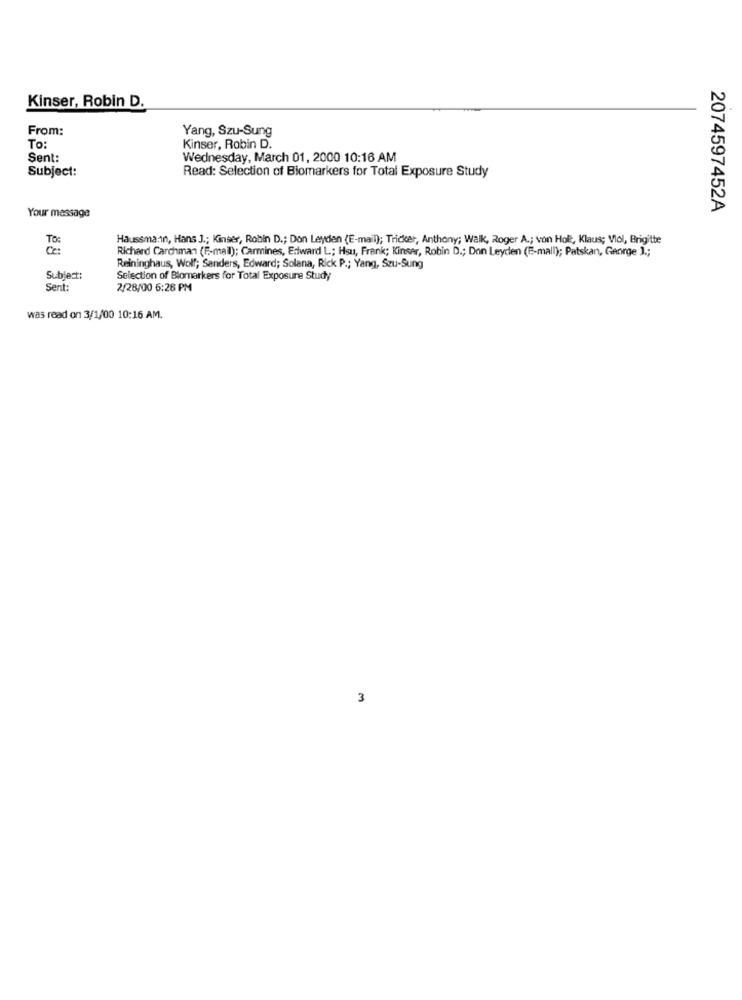
Kinser, Robin D.
From:
Yang, Szu-Sung
To:
Kinser, Robin D.
Sent:
Wednesday, March 01, 2000 10:16 AM
Subject:
Read: Selection of Biomarkers for Total Exposure Study
2074597452A
Your message
To:
Haussmann, Hans J .; Kinser, Robin D .; Don Leyden (E-mail); Trider, Anthony; Walk, Roger A .; von Holt, Klaus; Viol, Brigitte
Ce:
Richard Carchman (F-mail); Carmines, Edward L; Hsu, Frank; Kinser, Robin D .; Don Leyden (E-mail); Patskan, George ] .;
Reininghaus, Wolf; Sanders, Edward; Solana, Rick P .; Yang, Szu-Sung
Subject:
Selection of Blomarkers for Total Exposure Study
Sent:
2/28/00 6:26 PM
was read on 3/1/00 10:16 AM.
3